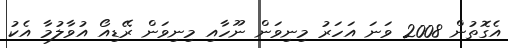
އެގޮތުން 2008 ވަނަ އަހަރު މިނިވަން ނޫހާއި މިނިވަން ރޭޑިއޯ އުވާލުމާ އެކު